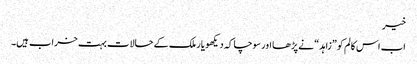
خیر
اب اس کالم کو ”زاہد“ نے پڑھا اور سوچا کہ دیکھو یار ملک کے حالات بہت خراب ہیں۔